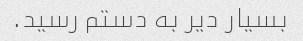
بسیار دیر به دستم رسید.